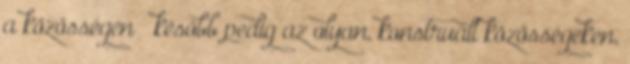
a közösségen – később pedig az olyan, konstruált közösségeken,